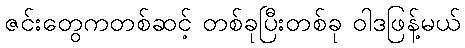
ဇင်းတွေကတစ်ဆင့် တစ်ခုပြီးတစ်ခု ဝါဒဖြန့်မယ်